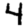
Digit: 4